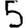
Digit: 5